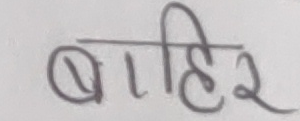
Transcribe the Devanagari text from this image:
बाहिर